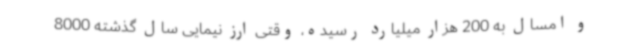
و امسال به 200 هزار میلیارد رسیده، وقتی ارز نیمایی سال گذشته 8000